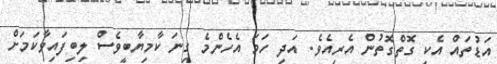
އަޑުތައް އެކި ގޮތްގޮތުން އެރިއެވެ. އަދި ހަމަ އެހެންމެ ގިނަ ކާމިޔާބީވެސް ލިބިފައިވާކަމަށް